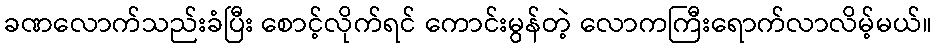
ခဏလောက်သည်းခံပြီး စောင့်လိုက်ရင် ကောင်းမွန်တဲ့ လောကကြီးရောက်လာလိမ့်မယ်။